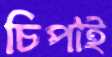
চিপাই